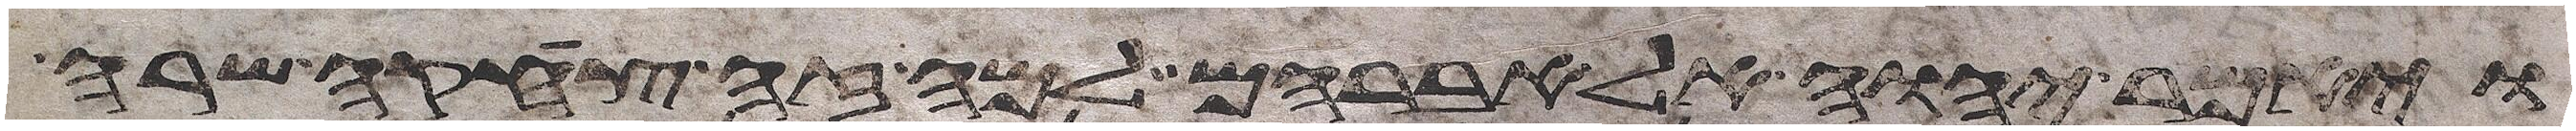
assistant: ויאמר יהוה אל אברהם למה זה צחקה שרה